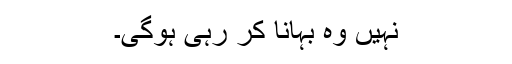
نہیں وہ بہانا کر رہی ہوگی۔